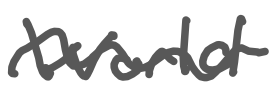
Text: World
Cross-out: wave
Writing tool: digital_gray